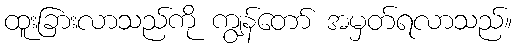
ထူးခြားလာသည်ကို ကျွန်တော် အမှတ်ရလာသည်။